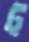
ট্